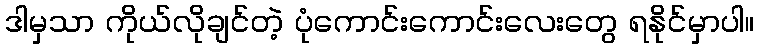
ဒါမှသာ ကိုယ်လိုချင်တဲ့ ပုံကောင်းကောင်းလေးတွေ ရနိုင်မှာပါ။